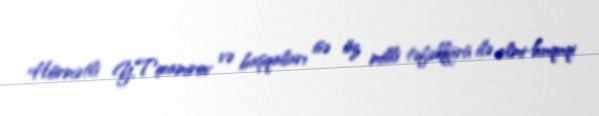
Hörmətli Y.Tixamirov və başqaları isə öz milli təfəkkürü ilə elmi-huquqi